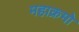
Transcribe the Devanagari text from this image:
महाक्रमो